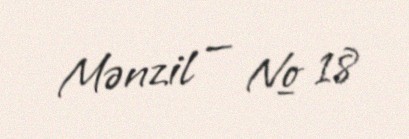
Mənzil — № 18